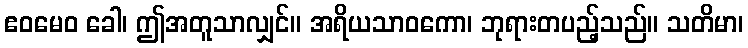
ဧဝမေဝ ခေါ၊ ဤအတူသာလျှင်။ အရိယသာဝကော၊ ဘုရားတပည့်သည်။ သတိမာ၊